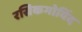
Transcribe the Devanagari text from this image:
रसिकगोविंद